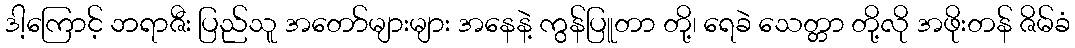
ဒါ့ကြောင့် ဘရာဇီး ပြည်သူ အတော်များများ အနေနဲ့ ကွန်ပြူတာ တို့၊ ရေခဲ သေတ္တာ တို့လို အဖိုးတန် ဇိမ်ခံ